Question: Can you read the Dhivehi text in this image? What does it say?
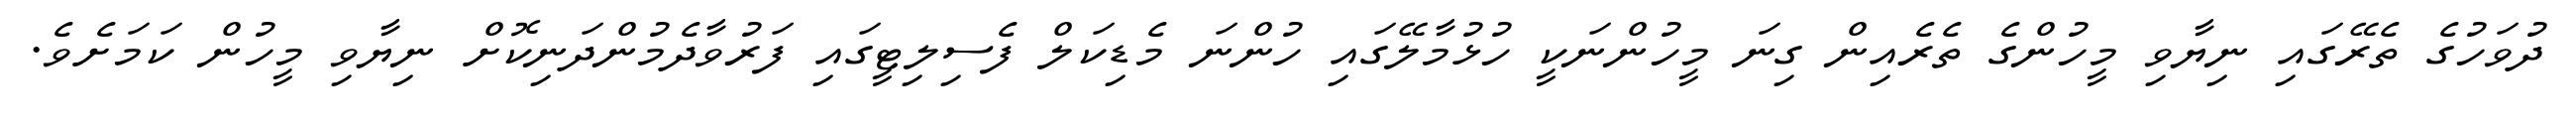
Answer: ދުވަހުގެ ތެރޭގައި ނިޔާވި މީހުންގެ ތެރެއިން ގިނަ މީހުންނަކީ ހުޅުމާލޭގައި ހުންނަ މެޑިކަލް ފެސިލިޓީގައި ފަރުވާދެމުންދަނިކޮށް ނިޔާވި މީހުން ކަމަށެވެ.